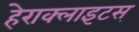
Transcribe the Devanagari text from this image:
हेराक्लाइटस्